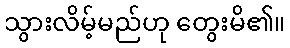
သွားလိမ့်မည်ဟု တွေးမိ၏။